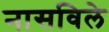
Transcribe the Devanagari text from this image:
नासविले